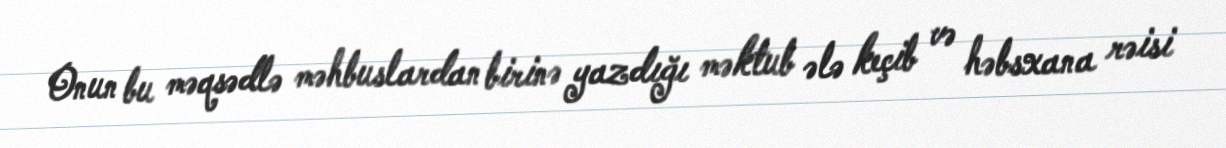
Onun bu məqsədlə məhbuslardan birinə yazdığı məktub ələ keçib və həbsxana rəisi